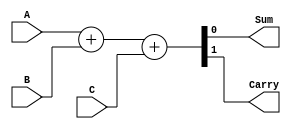
module FULLADDER(Sum, Carry, A, B, C);
input A, B, C;
wire a;
output Sum, Carry;
reg Sum, Carry;
always @(A or B or C)
{Carry, Sum} = A + B + C;
endmodule

module ADDSUB(Sum, Carry, V, A, B, M);
input [3:0]A, B;
input M;
output [3:0] Sum;
output Carry, V;
wire [3:0] C;
wire c1, c2, c3;

xor (C[0], B[0], M);
xor (C[1], B[1], M);
xor (C[2], B[2], M);
xor (C[3], B[3], M);


FULLADDER a1(Sum[0], c1, A[0], C[0], M);
FULLADDER a2(Sum[1], c2, A[1], C[1], c1);
FULLADDER a3(Sum[2], c3, A[2], C[2], c2);
FULLADDER a4(Sum[3], Carry, A[3], C[3], c3);

xor (V, Carry, c3);

endmodule

module testbench_AS;
  reg [3:0]A, B;
  reg Select;
  wire [3:0]Sum;
  wire Carry, Overflow;
  ADDSUB mod(Sum, Carry, Overflow, A, B, Select);
  initial
    begin
      $monitor($time, " A=%4b, B=%4b, Select=%b, Carry=%b, Sum=%4b, Overflow=%b.", A, B, Select, Carry, Sum, Overflow);
      #0  A=4'b0000; B=4'b0000; Select=1'b0;
      #10 A=4'b1000; B=4'b0101; Select=1'b1;
      #10 A=4'b1111; B=4'b1000; Select=1'b1;
      #10 $finish;
    end
endmodule